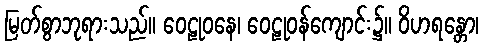
မြတ်စွာဘုရားသည်။ ဝေဠုဝနေ၊ ဝေဠုဝန်ကျောင်း၌။ ဝိဟရန္တော၊